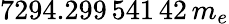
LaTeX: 7294.299\, 541\, 42\, m_{e}